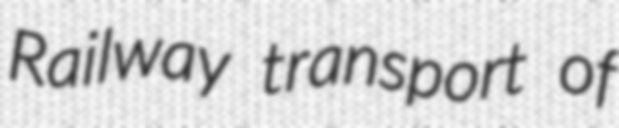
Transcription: Railway transport of